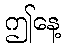
ဤနေ့